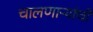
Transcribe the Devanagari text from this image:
चालणाऱ्यांची